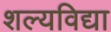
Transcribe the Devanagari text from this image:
शल्यविद्या